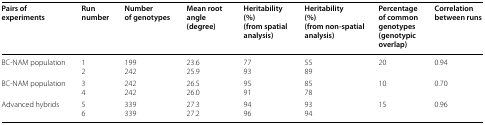
| Pairs of experiments | Run number | Number of genotypes | Mean root angle(degree) | Heritability(%)(from spatial analysis) | Heritability(%)(from non-spatial analysis) | Percentage of common genotypes(genotypic overlap) | Correlation between runs |
 | --- | --- | --- | --- | --- | --- | --- | --- |
 | BC-NAM population | 12 | 199242 | 23.625.9 | 7793 | 5589 | 20 | 0.94 |
 | BC-NAM population | 34 | 242242 | 26.526.0 | 9591 | 8578 | 10 | 0.70 |
 | Advanced hybrids | 56 | 339339 | 27.327.2 | 9496 | 9394 | 15 | 0.96 |